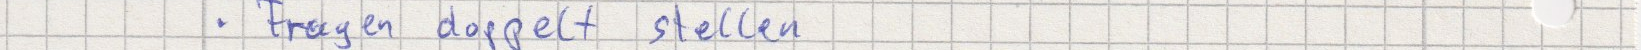
Fragen doppelt stellen